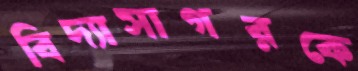
বিদ্যাসাগরকে